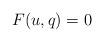
LaTeX: \begin{align*} F(u,q)=0\end{align*}